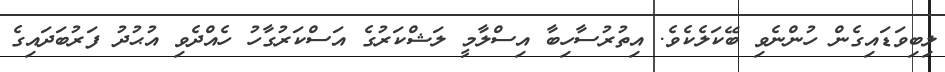
ލިބިވަޑައިގެން ހުންނެވި ބޭކަލެކެވެ. އިތުރުސާހިބާ އިސްލާމީ ލަޝްކަރުގެ އަސްކަރުގާހު ހެއްދެވި އުޙުދު ފަރުބަދައިގެ